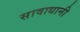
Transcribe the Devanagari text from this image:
सावाधानी